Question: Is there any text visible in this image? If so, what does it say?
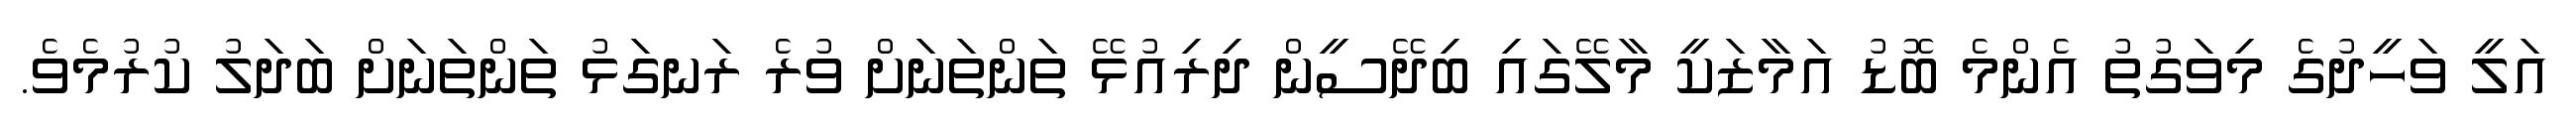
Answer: އަލީ ވަހީދުގެ މިވަގުތު އެންމެ ބޮޑު އަމާޒަކީ މާލޭގައި ބިދޭސީން ދިރިއުޅޭ ތަންތަނަށް ވުރެ ރަނގަޅު ތަންތަނަށް ބަދަލު ކުރުމެވެ.